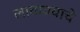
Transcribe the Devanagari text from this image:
लावावयाचे